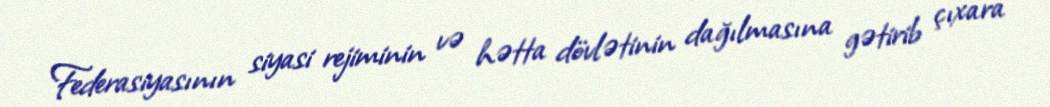
Federasiyasının siyasi rejiminin və hətta dövlətinin dağılmasına gətirib çıxara